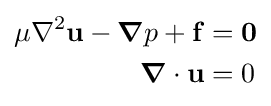
{\begin{aligned}\mu \nabla ^{2}\mathbf {u} -{\boldsymbol {\nabla }}p+\mathbf {f} &={\boldsymbol {0}}\\{\boldsymbol {\nabla }}\cdot \mathbf {u} &=0\end{aligned}}